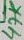
Text: 47K